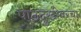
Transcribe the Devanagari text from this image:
पाठदुखीवरचा